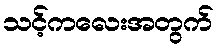
သင့်ကလေးအတွက်